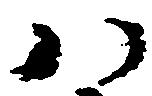
八